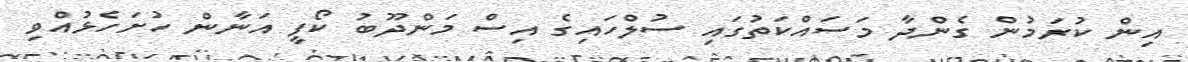
އިން ކުރަމުން ގެންދާ މަސައްކަތުގައި ސުލްހައިގެ އިސް މަންދޫބު ކޯފީ އަނާން ހުށަހެޅުއްވި